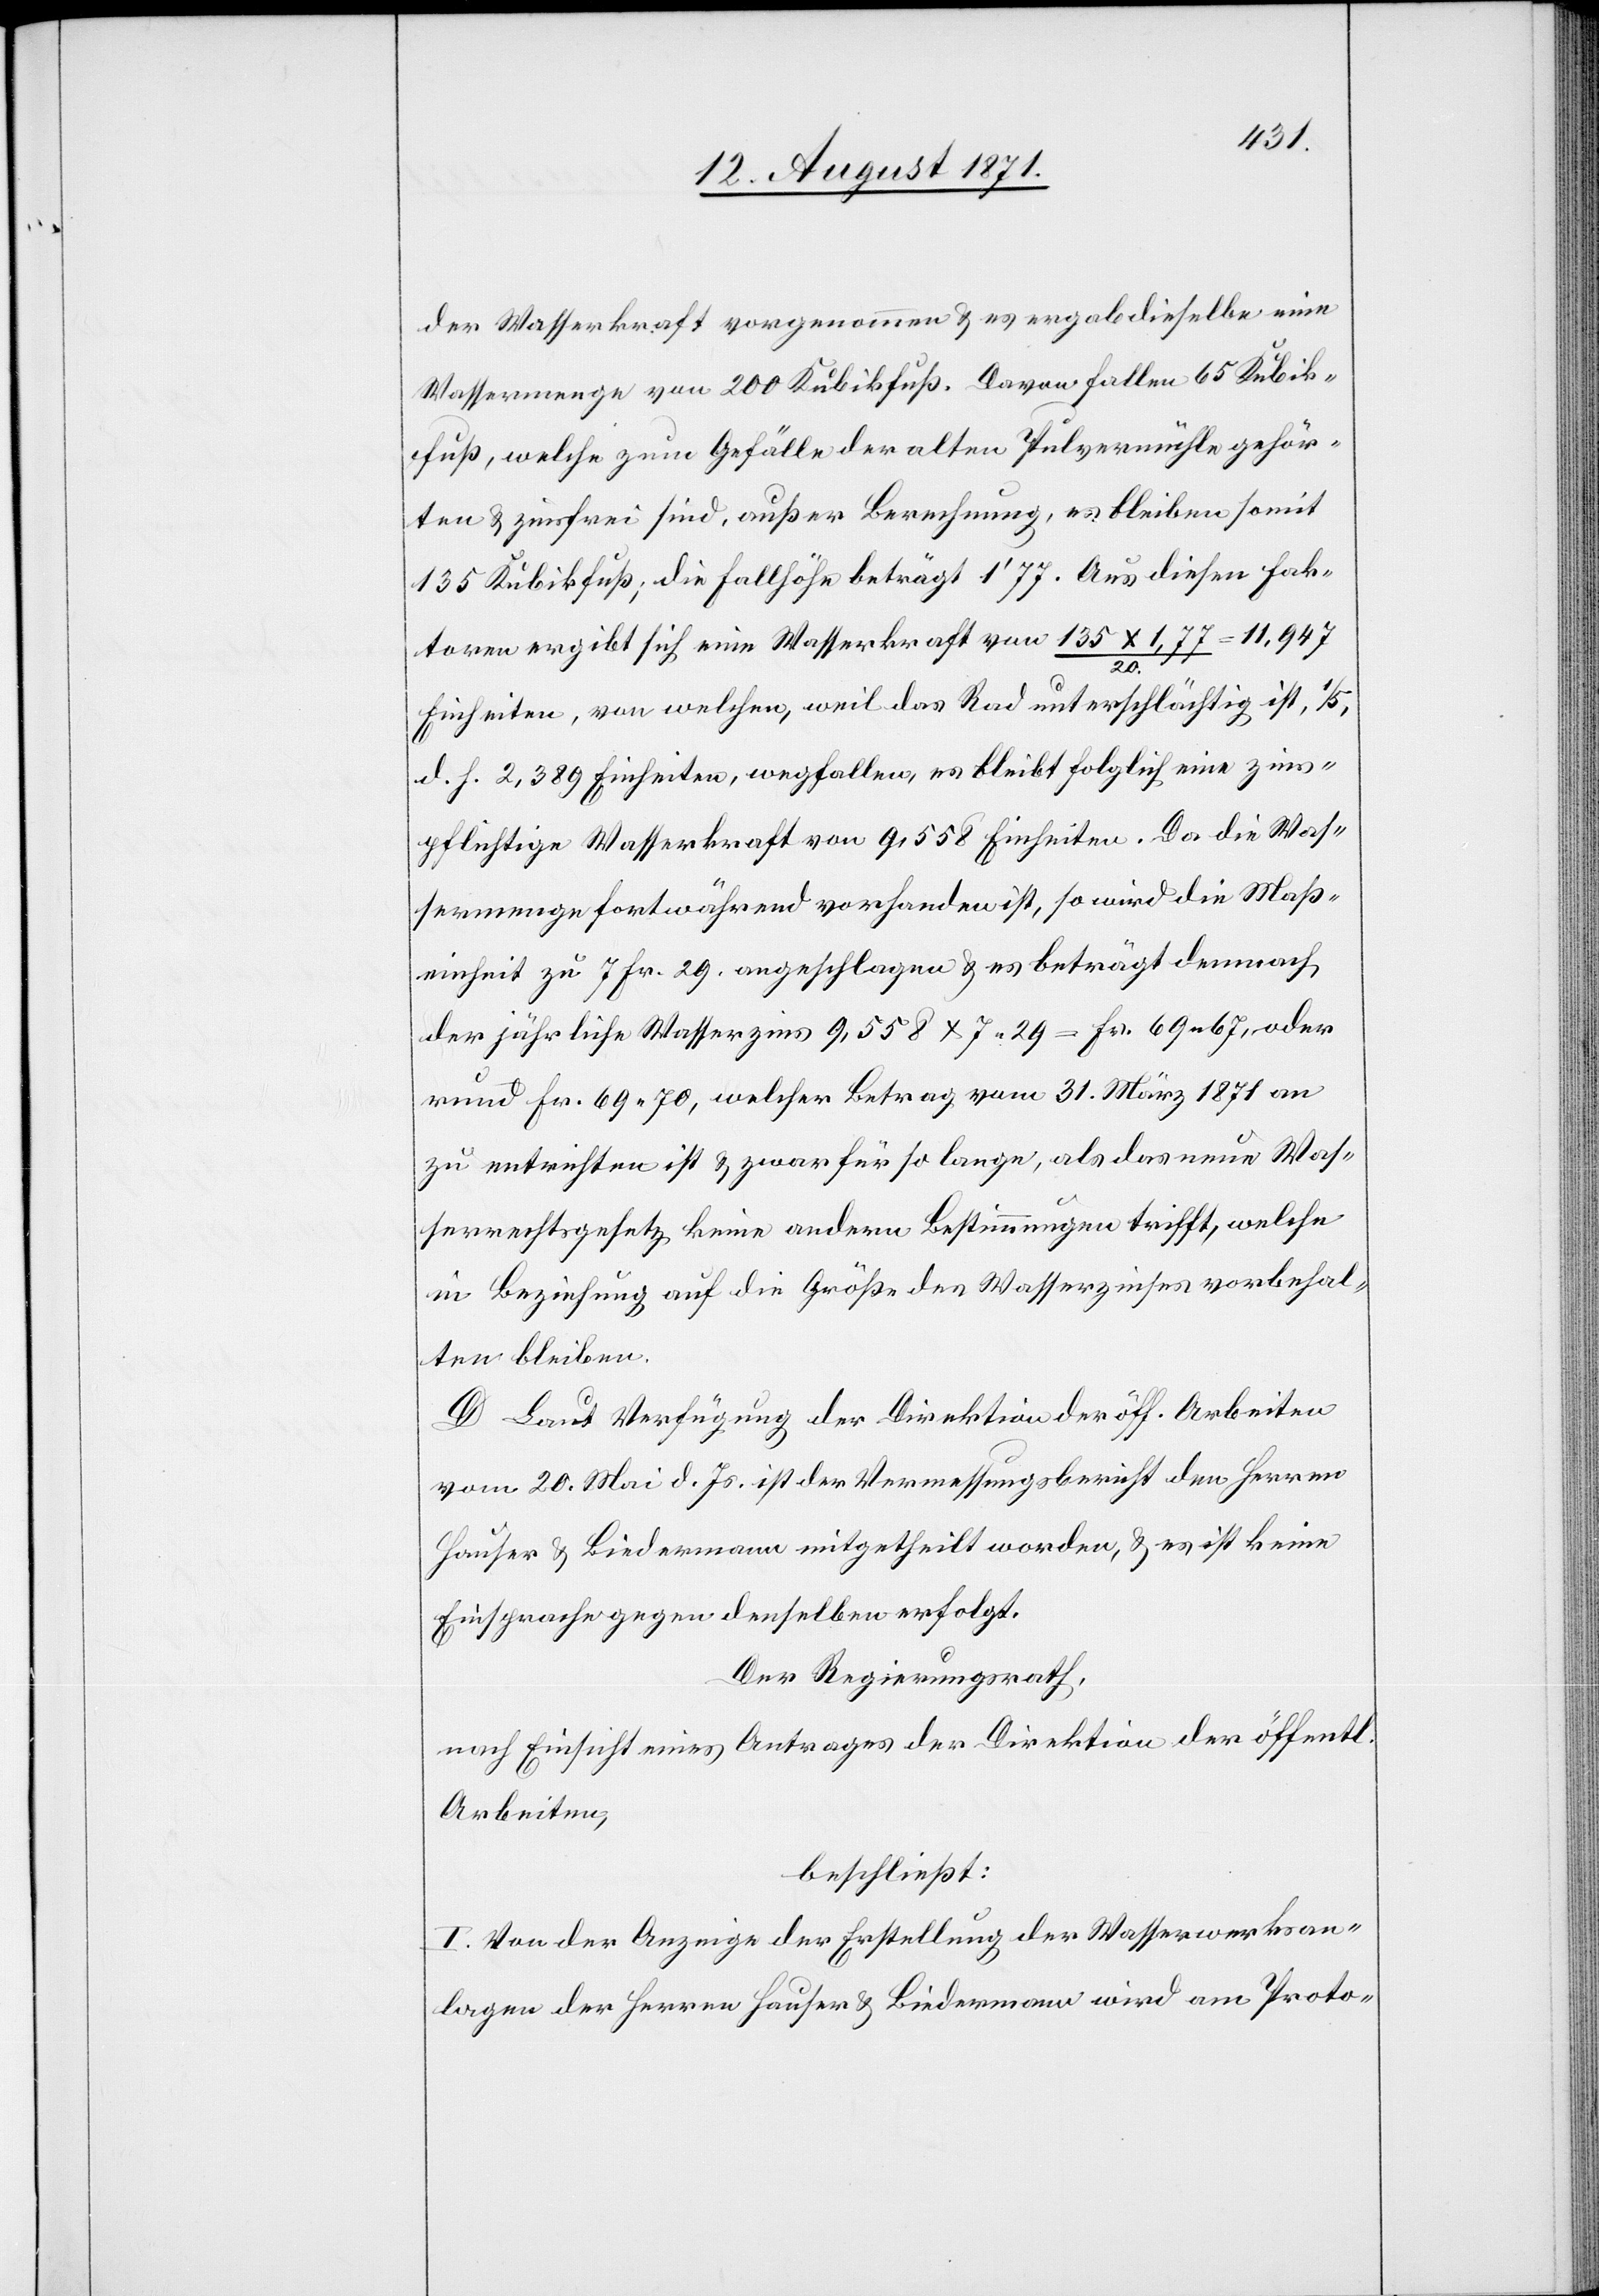
chen
der Wasserkraft vorgenommen & es ergab dieselbe eine
Wassermenge von 200 Kubikfuß. Davon fallen 65 Kubik¬
fuß, welche zum Gefälle der alten Pulvermühle gehör¬
ten & zinsfrei sind, außer Berechnung, es bleiben somit
135 Kubikfuß; die Fallhöhe beträgt 1’77. Aus diesen Fak¬
ten ergibt sich eine Wasserkraft von 135x1,77 /
20.
Einheiten, von welchen, weil das Rad unterschlächtig ist, 1/5
d. h. 2,389 Einheiten, wegfallen, es bleibt folglich eine zins¬
pflichtige Wasserkraft von 9,558 Einheiten. Da die Was¬
sermenge fortwährend vorhanden ist, so wird die Maß¬
einheit zu 7 Fr. 29. angeschlagen & es beträgt demnach
der jährliche Wasserzins 9,558 x 7,29 = Fr. 69,67, oder
rund Fr. 69,70, welcher Betrag vom 31. März 1871 an
zu entrichten ist & zwar für so lange, als das neue Was¬
serrechtsgesetz keine anderen Bestimmungen trifft, welche
in Beziehung auf die Größe des Wasserzinses vorbehal¬
ten bleiben.
D. Laut Verfügung der Direktion der öff. Arbeiten
vom 20. Mai d. Js. ist der Vermessungsbericht den Herren
Hauser & Biedermann mitgetheilt worden, & es ist kein
Einspruch gegen denselben erfolgt.
Der Regierungsrath,
nach Einsicht eines Antrages der Direktion der öffentli¬
Arbeiten,
beschließt:
I. Von der Anzeige der Erstellung der Wasserwerkan¬
lagen der Herren Hauser & Biedermann wird am Proto-